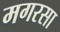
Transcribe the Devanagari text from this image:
मगरसा